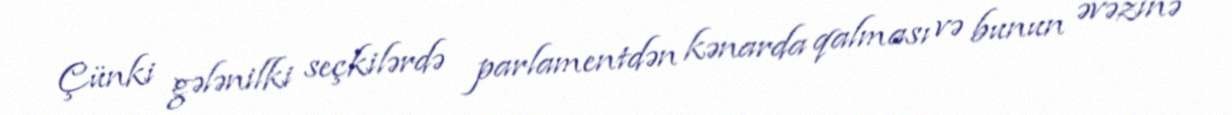
Çünki gələnilki seçkilərdə parlamentdən kənarda qalması və bunun əvəzinə